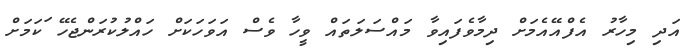
އަދި މިހާރު އެފްއޭއެމަށް ދިމާވެފައިވާ މައްސަލަތައް ވީހާ ވެސް އަވަހަކަށް ހައްލުކުރަންޖެހޭ ަަކަމަށް